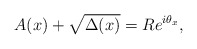
\begin{align*}A(x)+\sqrt{\Delta(x)}=Re^{i\theta_{x}},\end{align*}